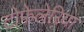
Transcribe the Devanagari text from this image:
टोफेलेरिया